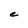
Character: e